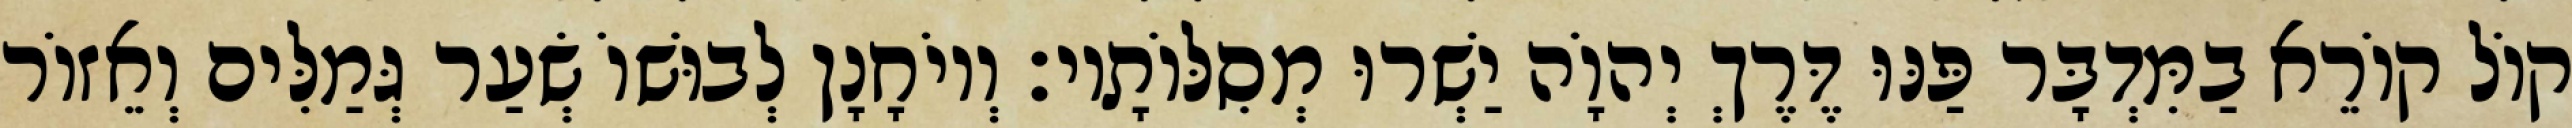
קוֹל קוֹרֵא בַמִּדְבָּר פַּנּוּ דֶּרֶךְ יְהוָֹה יַשְׁרוּ מְסִלּוֹתָיו׃ וְיוֹחָנָן לְבוּשׁוֹ שְׂעַר גְּמַלִּים וְאֵזוֹר